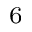
^ 6